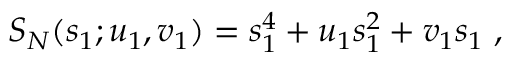
S _ { N } ( s _ { 1 } ; u _ { 1 } , v _ { 1 } ) = s _ { 1 } ^ { 4 } + u _ { 1 } s _ { 1 } ^ { 2 } + v _ { 1 } s _ { 1 } \; ,